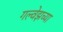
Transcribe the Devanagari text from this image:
गल्वेझच्या